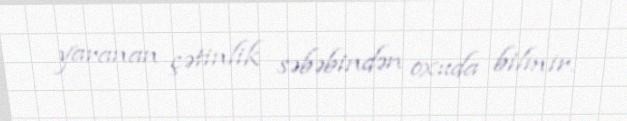
yaranan çətinlik səbəbindən oxuda bilmir.